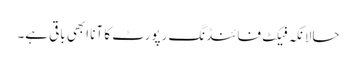
حالانکہ فیکٹ فائنڈنگ رپورٹ کا آنا ابھی باقی ہے۔